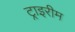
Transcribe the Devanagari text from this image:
ट्राइरीम